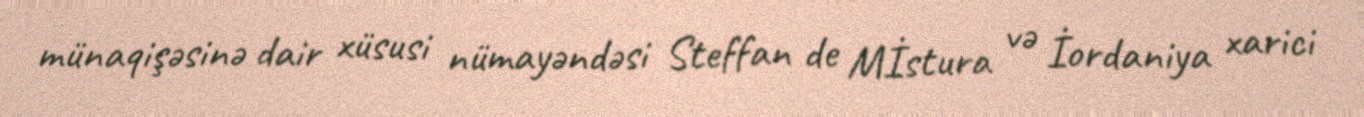
münaqişəsinə dair xüsusi nümayəndəsi Steffan de Mİstura və İordaniya xarici